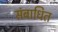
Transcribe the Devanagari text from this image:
संबाधित